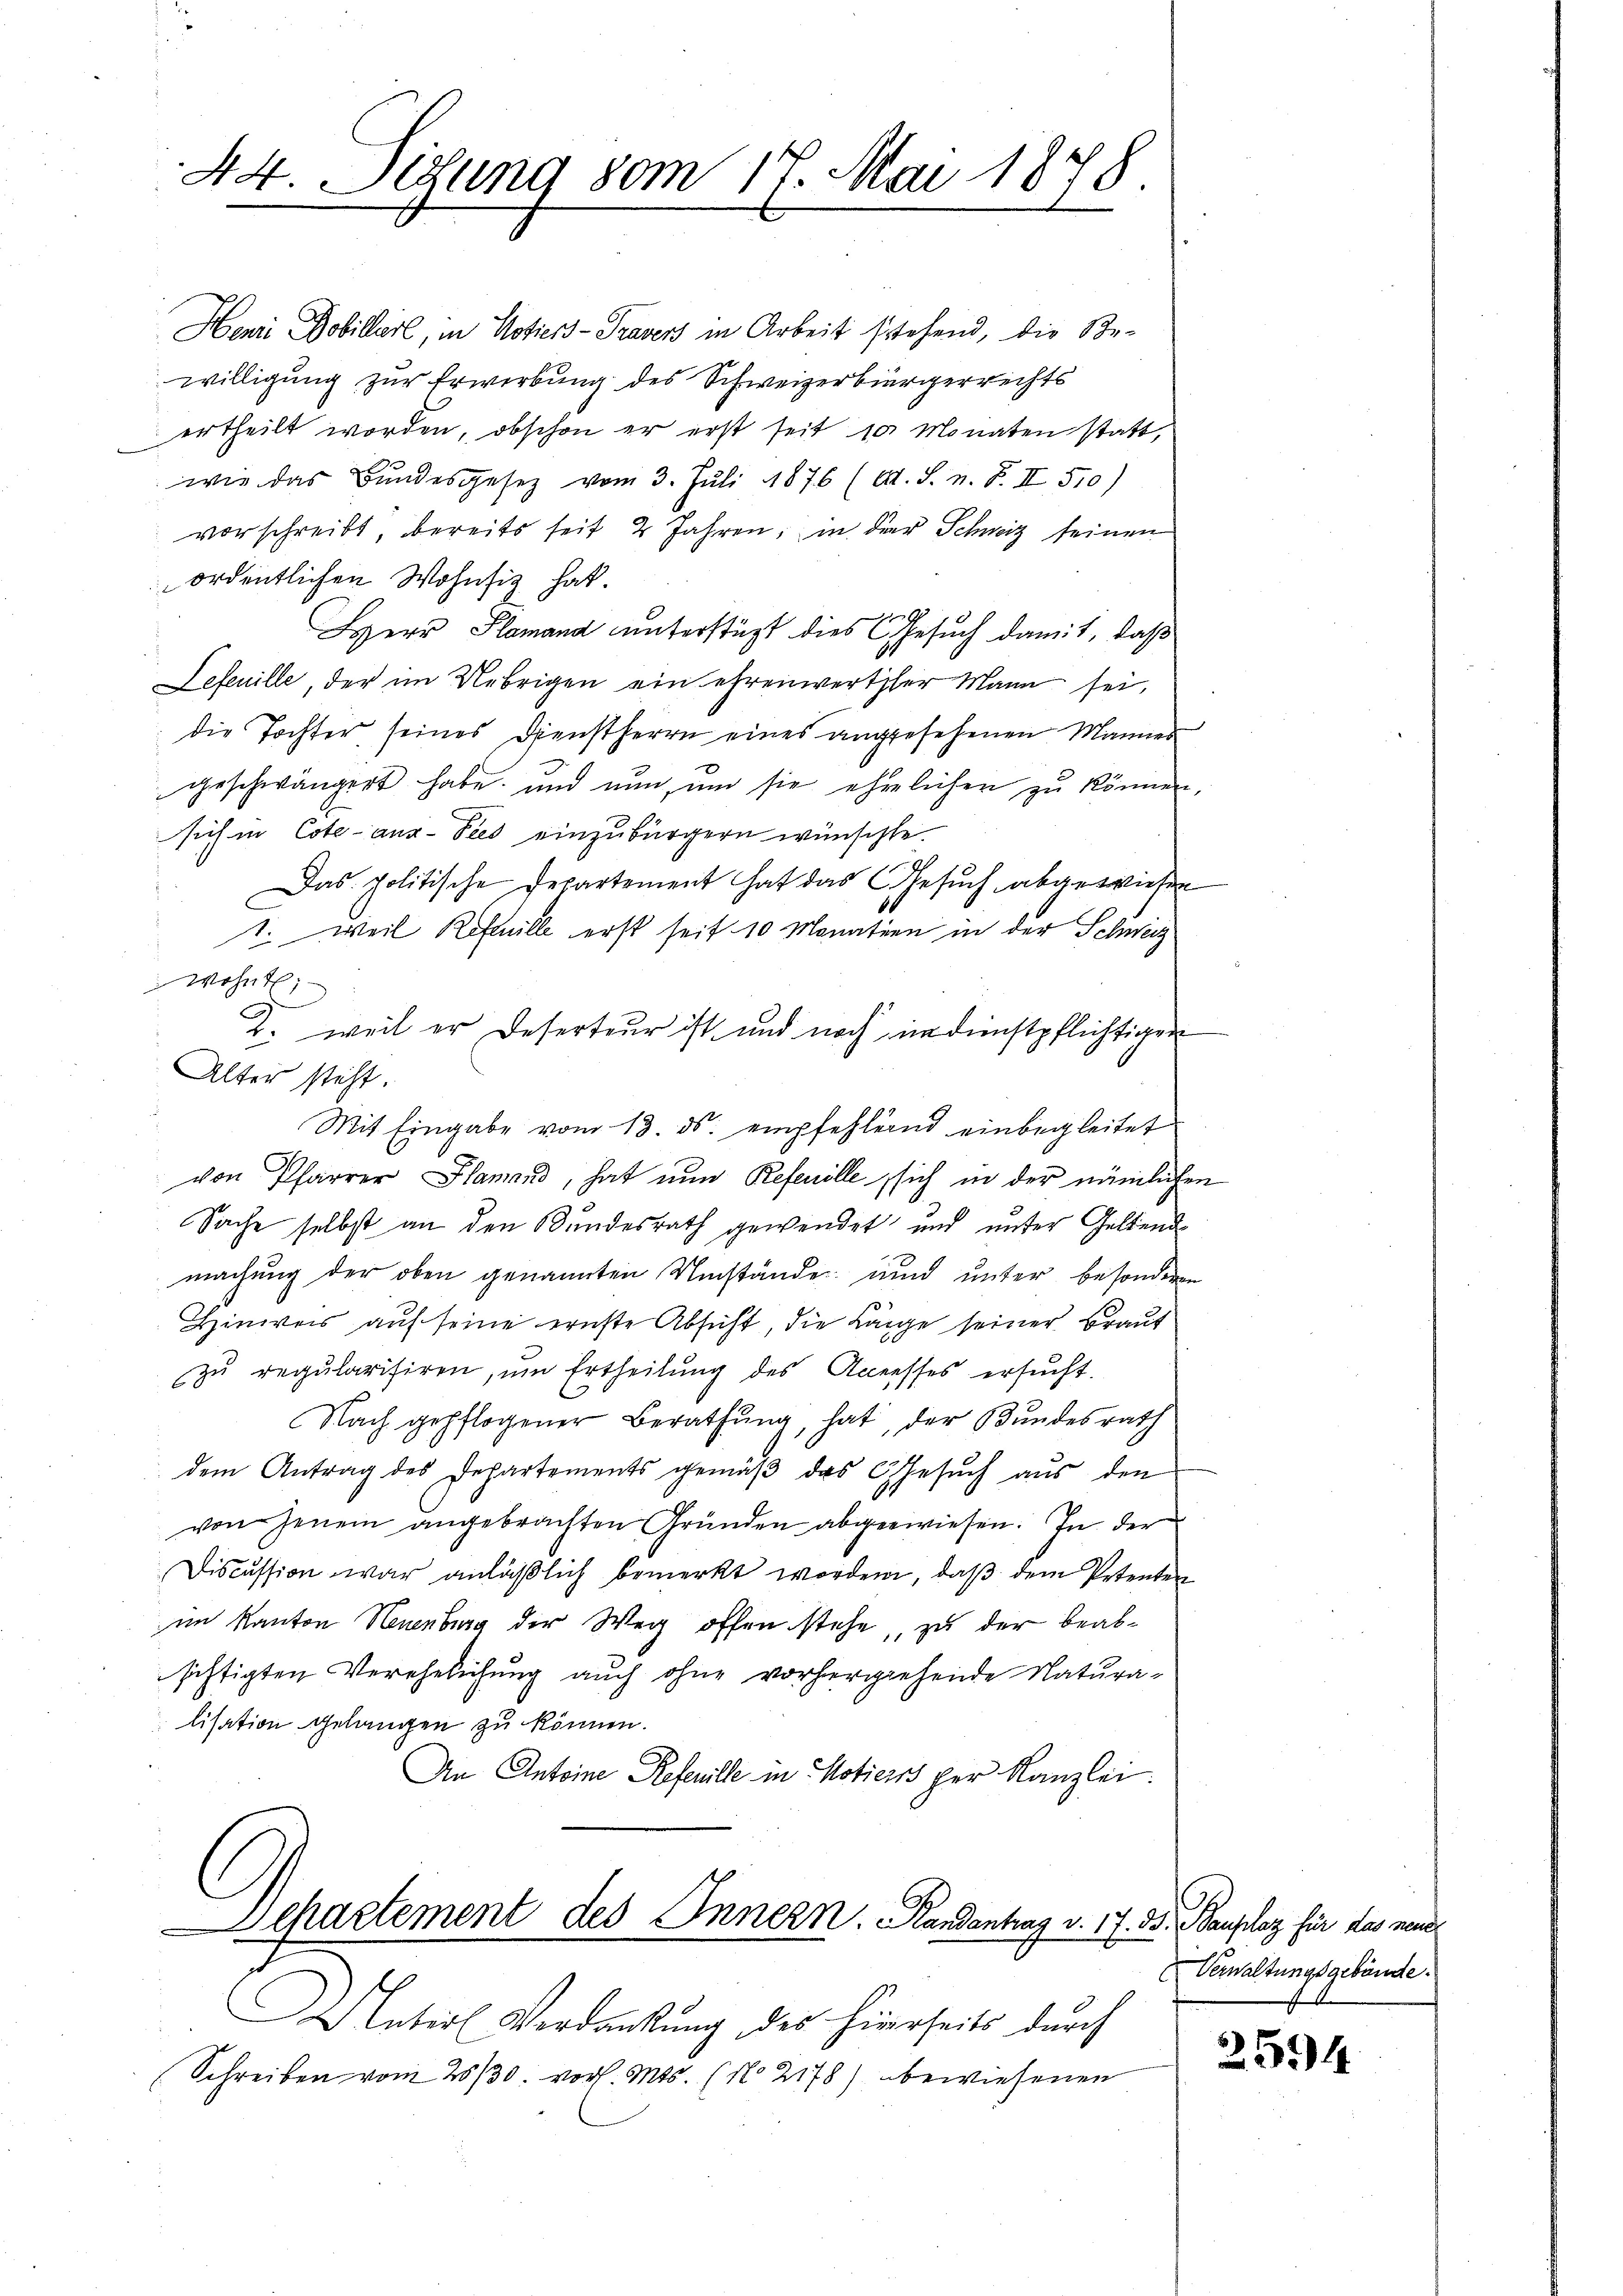
44. Situng 80m 17. Mai 1878.

Henri Dobillerl, in Notiers-Travers in Arbeit stehend, die Be-
willigung zur Erwerbung des Schweizerbürgerrechts
ertheilt worden, obschon er erst seit 10 Monaten statt,
wie das Bundesgesetz vom 3. Juli 1876 (O. S. n. F. II 510)
vorschreibt, bereits seit 2 Jahren, in der Schweiz seinen
ordentlichen Wohnsiz hat.
Herr Plamand unterstüzt dies Gesuch damit, daß
Sefeuille, der im Uebrigen ein ehrenwerther Mann sei,
die Tochter seines Dienstherrn eines angesehenen Mannes
geschwängert habe, und nun, um sie ehelichen zu können,
sich in Cote aus-Sies einzubürgern wünschte.
Das politische Departement hat das Gesuch abgewiesen
1. Weil Refeuille erst seit 10 Monation in der Schweig
wohnt; —
2. weil er Deserteur ist und noch in dienstpflichtigen
Alter steht.
Mit Eingabe vom 13. ds. empfehlend einbegleitet
von Pfarrer Planaud, hat nun Refenille sich in der nämlichen
Sache selbst an den Bundesrath gewendet und unter Geltende
machung der oben genannten Umstände und unter besonderen
Hinweis auf seine ernste Absicht, die Lange seiner Braut
zu regularisiren, um Ertheilung des Accesses ersucht.
Nach gepflogener Berathung, hat, der Bundesrath
dem Antrag des Departements gemäβ das Gesŭch aŭs den
von jenem angebrachten Gründen abgewiesen. In der
Discussion war anläßlich bemerkt worden, daß dem Petenten
im Kanton Neuenburg der Weg offen stehe, zu der beabsichtigten Verehelichung auch ohne vorhergehende Naturalisation gelangen zu können.
An Antoine Refeuille in Motiers per Kanzlei.

chartement des Innern. andantrag v. 17. 33. Bauplaz für das neue

Nater Verdankŭng des hierseits dŭrch
Schreiben vom 28/30. vor. Mts. (No 2178) bewiesenen

Verwaltungsgebäude.

2594